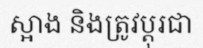
ស្អាង និងត្រូវប្តុរជា